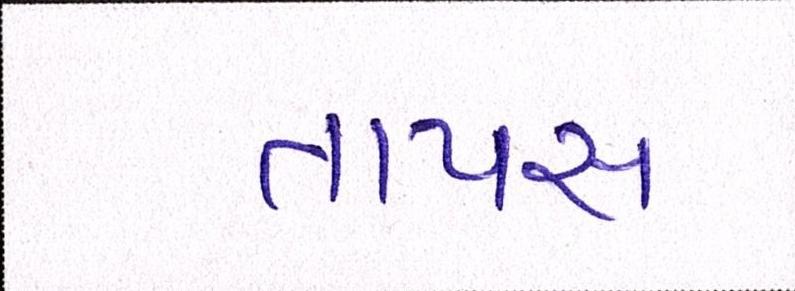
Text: તાપસ